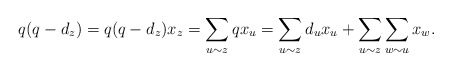
\begin{align*} q(q-d_z)=q(q-d_z)x_z=\sum_{u\sim z}qx_u=\sum_{u\sim z}d_ux_u+\sum_{u\sim z}\sum_{w\sim u}x_w. \end{align*}